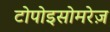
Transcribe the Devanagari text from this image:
टोपोइसोमरेज़